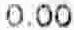
0.00